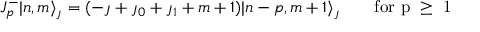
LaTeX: J _ { p } ^ { - } | n , m \rangle _ { \jmath } = ( - \jmath + \jmath _ { 0 } + \jmath _ { 1 } + m + 1 ) | n - p , m + 1 \rangle _ { \jmath } \qquad \mathrm { f o r ~ p ~ \geq ~ 1 ~ }